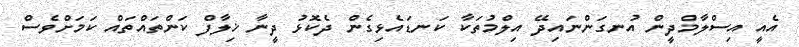
އެއީ އިސްލާމްދީން އުނގަންނައިދޭ އިލްމުތަކާ ކަނޑައެޅިގެން ދެކޮޅު ދީނާ ޚިލާފް ކަންތައްތައް ކަމަށްވެސް